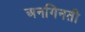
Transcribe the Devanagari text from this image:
अनगिनती